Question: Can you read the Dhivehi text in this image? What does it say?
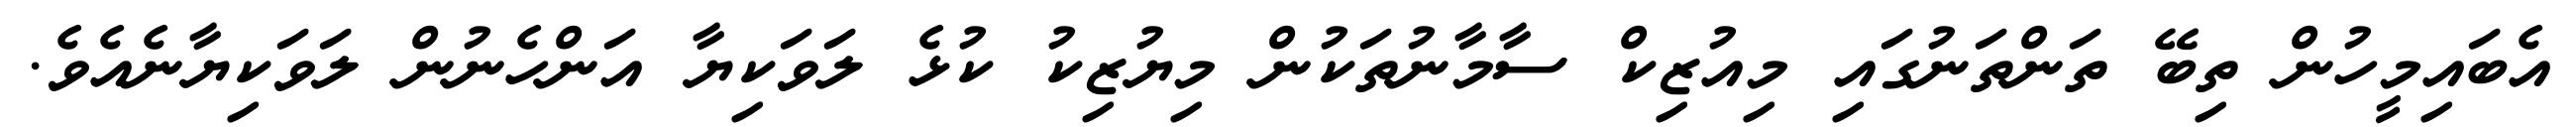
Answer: އެބައިމީހުން ތިބޭ ތަންތަނުގައި މިއުޒިކް ސާމާނުތަކުން މިޔުޒިކު ކުޅެ ލަވަކިޔާ އަންހެނުން ލަވަކިޔާނެއެވެ.